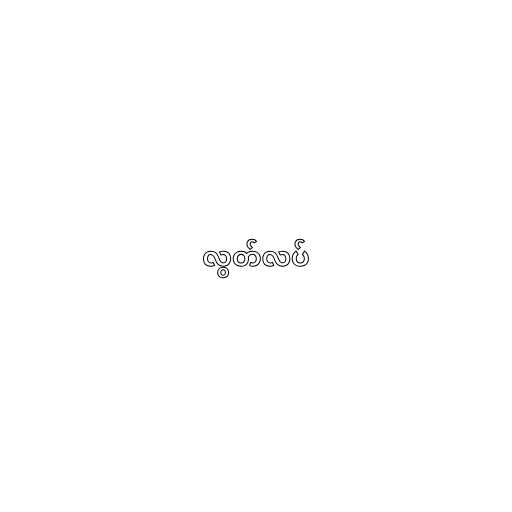
လွတ်လပ်